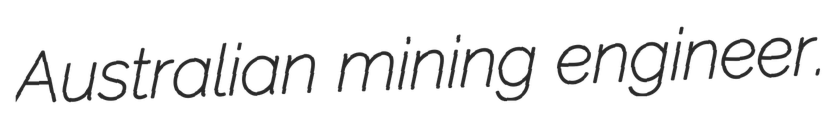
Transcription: Australian mining engineer.